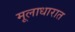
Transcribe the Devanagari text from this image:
मूलाधारात